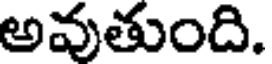
అవుతుంది.